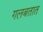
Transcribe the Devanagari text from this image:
गलबतात